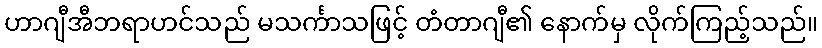
ဟာဂျီအီဘရာဟင်သည် မသင်္ကာသဖြင့် တံတာဂျီ၏ နောက်မှ လိုက်ကြည့်သည်။